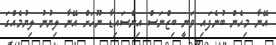
އޭނާ މިހެން ބުނެފައި ވަނީ ބިޒްނަސް އިންސައިޑާ ނޫހަށް އޭނާ ލިޔުނު ލިޔުމެއްގަ